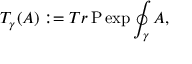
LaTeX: T _ { \gamma } ( A ) : = T r \, \mathrm { P } \exp \oint _ { \gamma } A ,